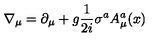
\nabla _ { \mu } = \partial _ { \mu } + g \frac { 1 } { 2 i } \sigma ^ { a } A _ { \mu } ^ { a } ( x )